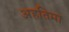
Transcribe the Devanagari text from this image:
अहतिमा